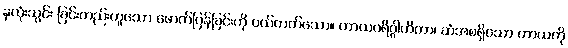
နှလုံးသွင်း ခြင်းတည်းဟူသော ဖောက်ပြန်ခြင်းကို ပယ်တတ်သော။ ကာယပရိဂ္ဂါဟိကာ၊ ဆံအစရှိသော ကာယကို